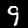
Label: 9